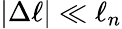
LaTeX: |\Delta\ell|\ll\ell_{n}